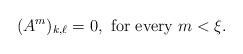
LaTeX: \begin{align*} (A^m)_{k,\ell} = 0, \textrm{ for every } m < \xi.\end{align*}